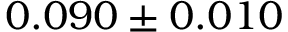
0 . 0 9 0 \pm 0 . 0 1 0